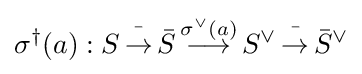
\sigma ^{\dagger }(a):S\mathop {\to } \limits ^{\bar {\ }}{\bar {S}}\mathop {\longrightarrow } \limits ^{\sigma ^{\vee }(a)}S^{\vee }\mathop {\to } \limits ^{\bar {\ }}{\bar {S}}^{\vee }